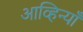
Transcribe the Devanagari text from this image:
आव्हिन्याँ